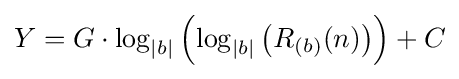
Y=G\cdot \log _{|b|}\left(\log _{|b|}\left(R_{(b)}(n)\right)\right)+C